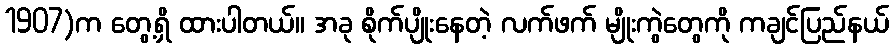
1907)က တွေ့ရှိ ထားပါတယ်။ အခု စိုက်ပျိုးနေတဲ့ လက်ဖက် မျိုးကွဲတွေကို ကချင်ပြည်နယ်